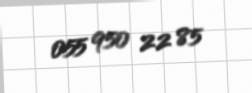
055 950 22 85